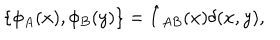
\{ \phi _ { A } ( x ) , \phi _ { B } ( y ) \} = \hat { I } _ { A B } ( x ) \delta ( x , y ) ,